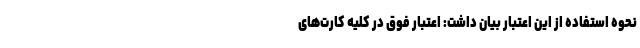
نحوه استفاده از این اعتبار بیان داشت: اعتبار فوق در کلیه کارت‌های